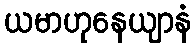
ယမာဟုနေယျာနံ